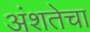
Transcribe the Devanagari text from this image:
अंशतेचा